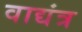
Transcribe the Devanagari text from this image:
वाद्यंत्र